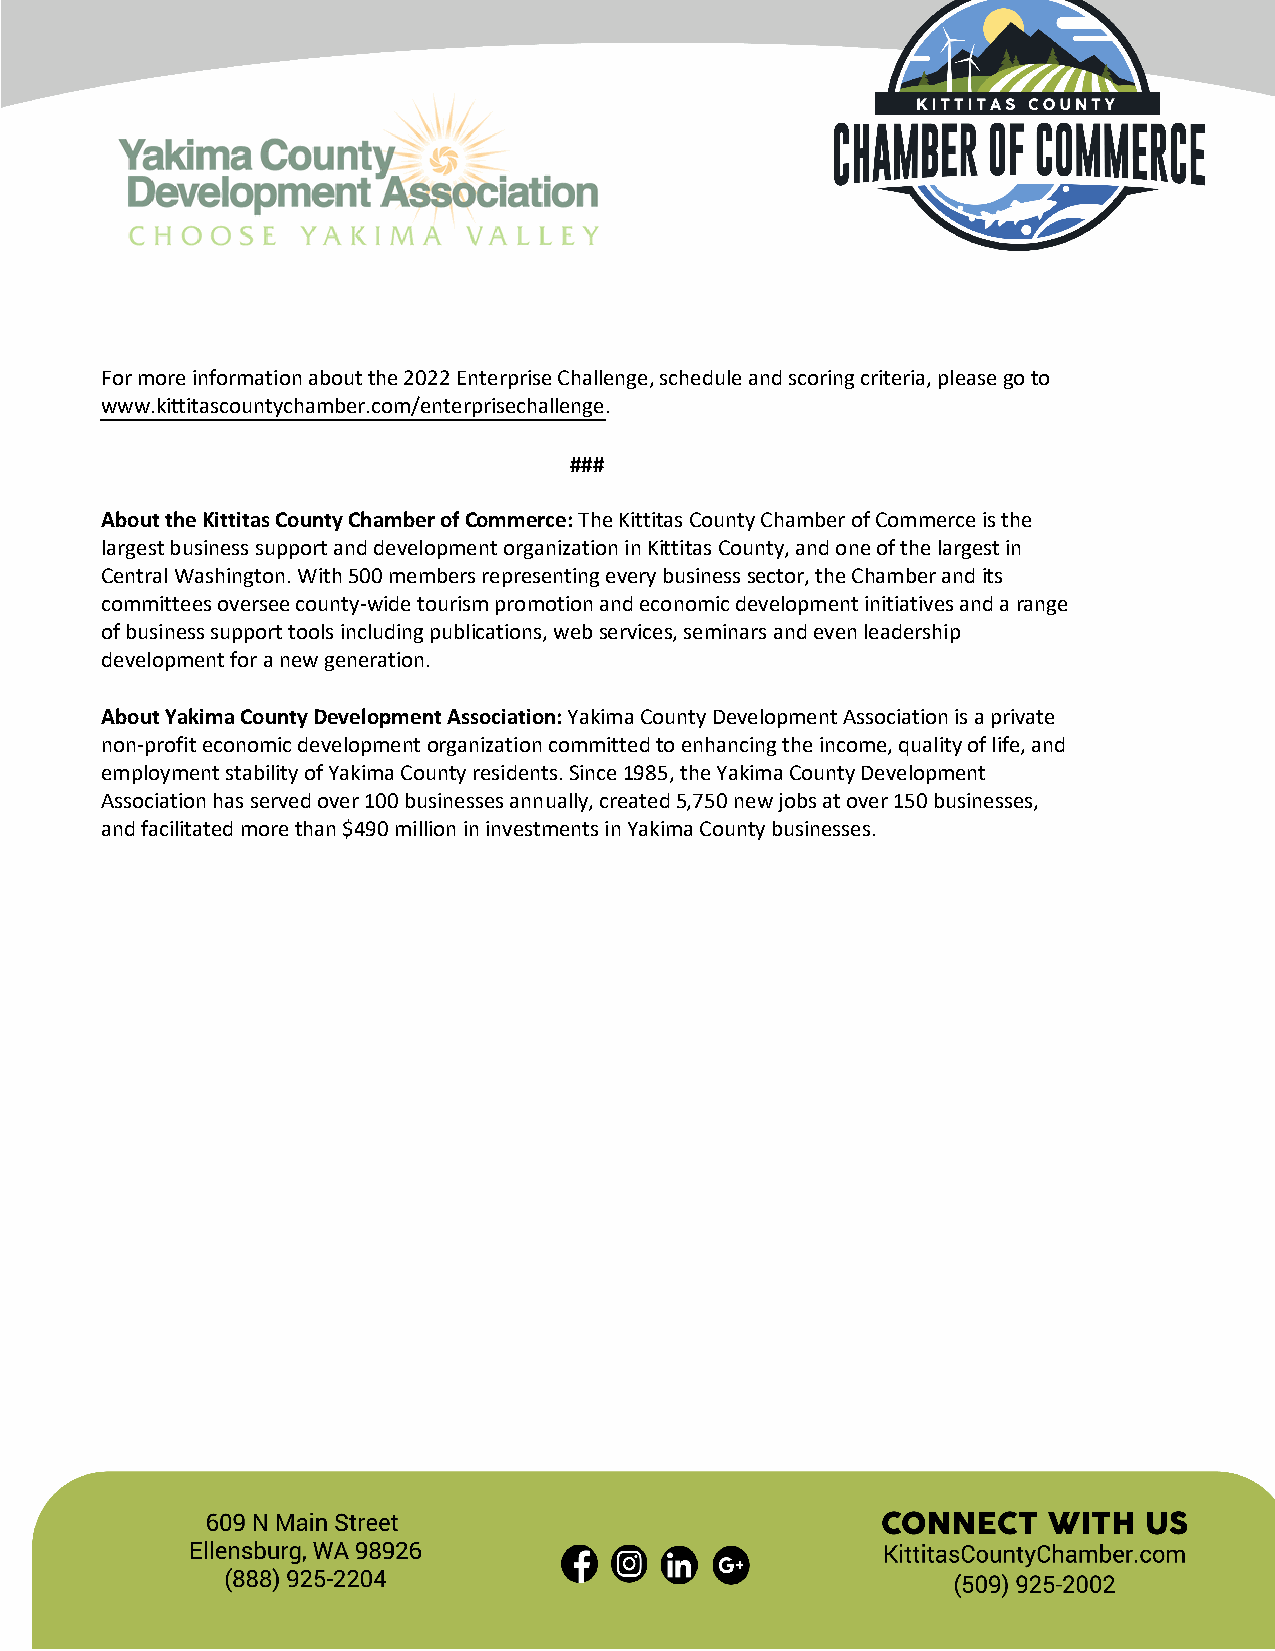
For more information about the 2022 Enterprise Challenge, schedule and scoring criteria, please go to
 www.kittitascountychamber.com/enterprisechallenge.
 ###
 About the Kittitas County Chamber of Commerce: The Kittitas County Chamber of Commerce is the
 largest business support and development organization in Kittitas County, and one of the largest in
 Central Washington. With 500 members representing every business sector, the Chamber and its
 committees oversee county-wide tourism promotion and economic development initiatives and a range
 of business support tools including publications, web services, seminars and even leadership
 development for a new generation.
 About Yakima County Development Association: Yakima County Development Association is a private
 non-profit economic development organization committed to enhancing the income, quality of life, and
 employment stability of Yakima County residents. Since 1985, the Yakima County Development
 Association has served over 100 businesses annually, created 5,750 new jobs at over 150 businesses,
 and facilitated more than $490 million in investments in Yakima County businesses.